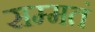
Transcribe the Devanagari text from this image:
सम्मतं